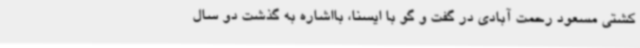
کشتی مسعود رحمت آبادی در گفت و گو با ایسنا، بااشاره به گذشت دو سال